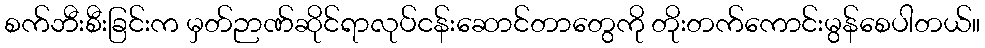
စက်ဘီးစီးခြင်းက မှတ်ဉာဏ်ဆိုင်ရာလုပ်ငန်းဆောင်တာတွေကို တိုးတက်ကောင်းမွန်စေပါတယ်။